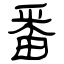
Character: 番